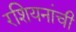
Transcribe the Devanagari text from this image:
रशियनांची